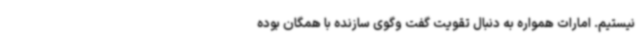
نیستیم. امارات همواره به دنبال تقویت گفت وگوی سازنده با همگان بوده